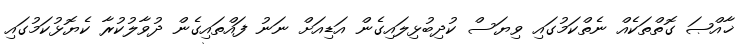
ޚާއްޞަ ގޮތްތަކެއް ނެތްކަމުގައި ވިޔަސް ކުދިބުޅިލައިގެން އަޑިއަށް ނަނު ފައްތައިގެން ދުވާލުކުރާ ކެޔޮޅުކަމުގައި